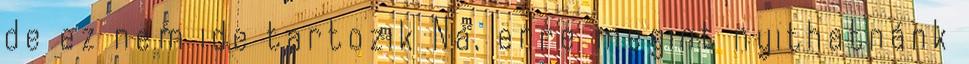
de ez nem ide tartozik Na, erre megint nyithatnánk